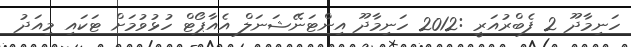
ހަނިމާދޫ 2 ފެބްރުއަރީ :2012 ހަނިމާދޫ އިންޓަނޭޝަނަލް އެއާޕޯޓް ހުޅުވުމަށް ޓަކައި މިއަދު